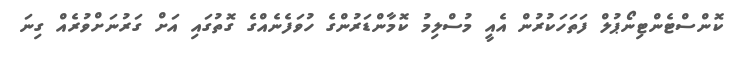
ކޮންސްޓެންޓިނޯޕުލް ފަތަހަކުރުން އެއީ މުސްލިމު ކޮމާންޑަރުންގެ ހުވަފެނެއްގެ ގޮތުގައި އަށް ގަރުނަށްވުރެއް ގިނަ